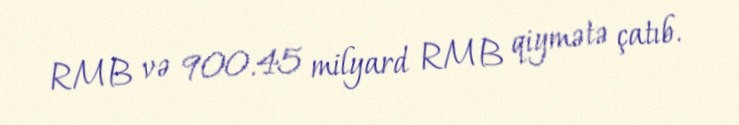
RMB və 900.45 milyard RMB qiymətə çatıb.